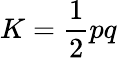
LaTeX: K={\frac{1}{2}}pq